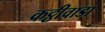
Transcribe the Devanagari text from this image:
कट्ठीवाडा